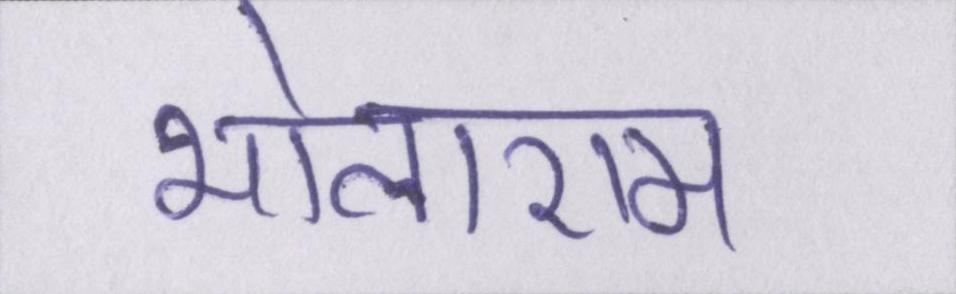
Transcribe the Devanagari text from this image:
भोलाराम